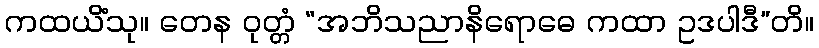
ကထယိံသု။ တေန ဝုတ္တံ “အဘိသညာနိရောဓေ ကထာ ဥဒပါဒီ”တိ။